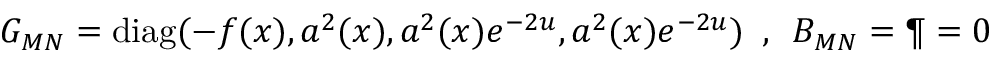
G _ { M N } = \mathrm { d i a g } ( - f ( x ) , a ^ { 2 } ( x ) , a ^ { 2 } ( x ) e ^ { - 2 u } , a ^ { 2 } ( x ) e ^ { - 2 u } ) \, \, \, , \, \, \, B _ { M N } = \P = 0